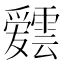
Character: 𮦸